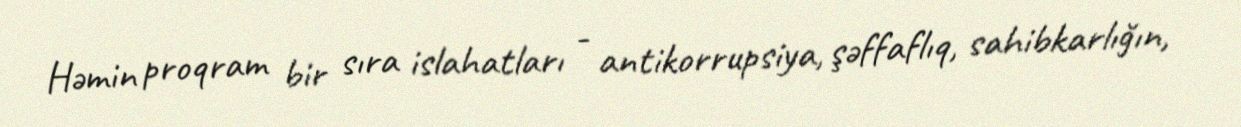
Həmin proqram bir sıra islahatları - antikorrupsiya, şəffaflıq, sahibkarlığın,